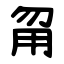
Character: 甮